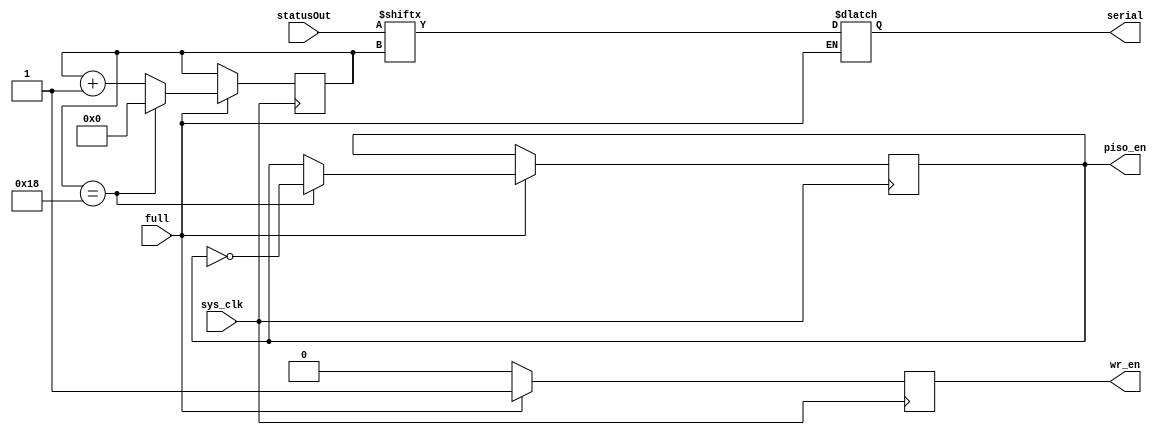
`timescale 1ns / 1ps
//////////////////////////////////////////////////////////////////////////////////
// Company: 
// Engineer: 
// 
// Design Name: 
// Module Name: PISO
// Project Name: 
// Target Devices: 
// Tool Versions: 
// Description: 
// 
// Dependencies: 
// 
// Revision:
// Revision 0.01 - File Created
// Additional Comments:
// 
//////////////////////////////////////////////////////////////////////////////////


module PISO(serial, statusOut, sys_clk,wr_en,full,piso_en);
input [23:0] statusOut;
input sys_clk, full;
output reg serial,wr_en;
output reg piso_en=0;

reg [5:0] count=0;
always @(negedge sys_clk)
begin

if(full)

begin
  wr_en<= 1;
  count<= count+1;
   piso_en <= piso_en;
  if (count == 24)
  begin
    count<= 0;
    piso_en<= ~piso_en;
  end

end



else
wr_en <= 0;


end

always @( count or full)
begin
 if(full)
  serial <= statusOut[count];
 else
   serial <= serial;
end
endmodule